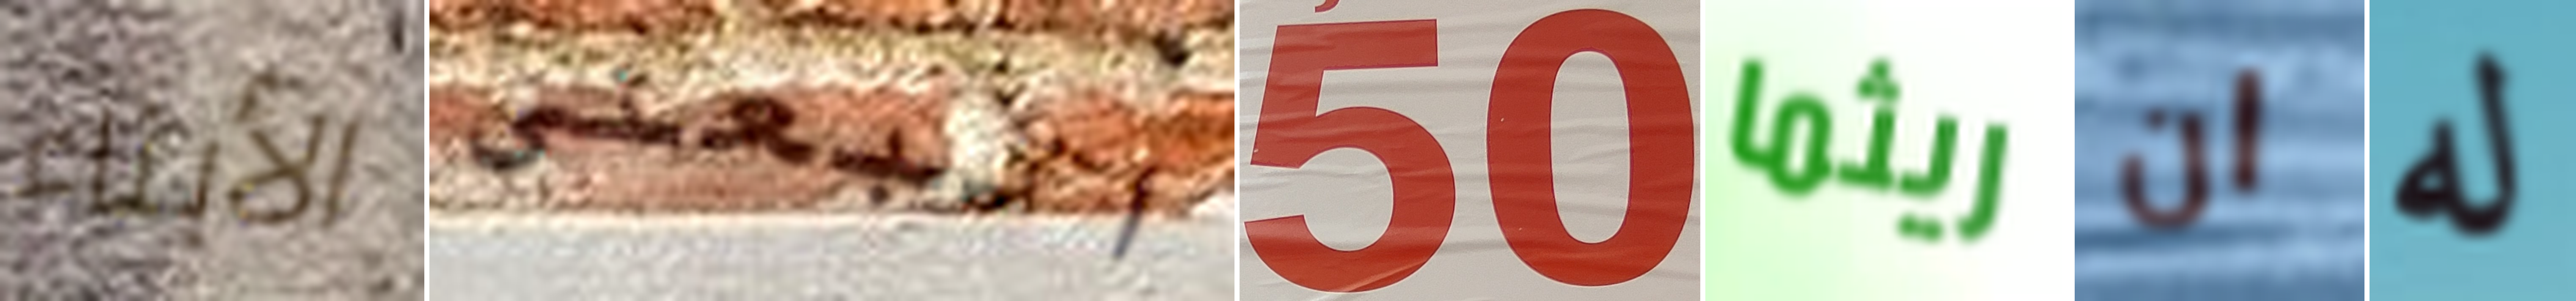
الأبناء اتبعنى 50 ريثما ان له